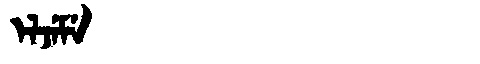
Manchu: ᡝᠯᠵᡝᠮᡝ
Romanization: ELJEME